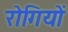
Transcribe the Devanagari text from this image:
रोगियों